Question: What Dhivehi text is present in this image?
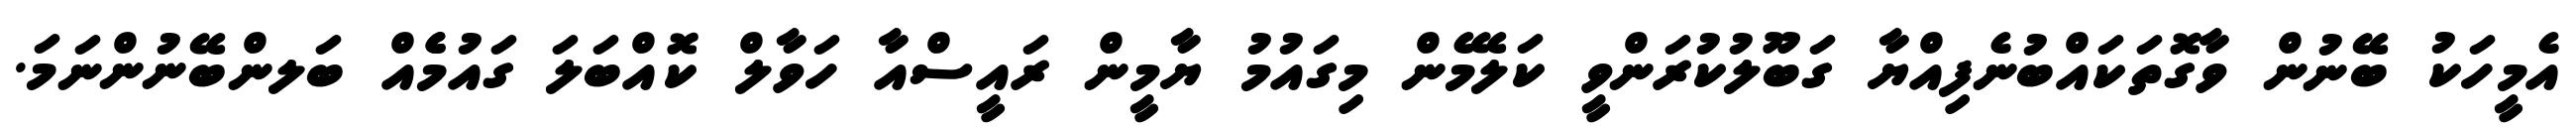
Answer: އެމީހަކު ބޭނުން ވާގޮތަކައްބުނެފިއްޔާ ގަބޫލުކުރަންވީ ކަލޭމެން މިގައުމު ޔާމީން ރައީސްއާ ހަވާލް ކޮއްބަލަ ގައުމެެއް ބަލންބޭނުންނަމަ.